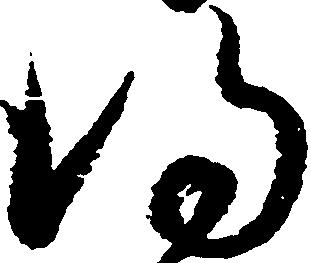
得